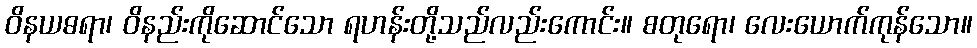
ဝိနယဓရာ၊ ဝိနည်းကိုဆောင်သော ရဟန်းတို့သည်လည်းကောင်း။ စတုရော၊ လေးယောက်ကုန်သော။